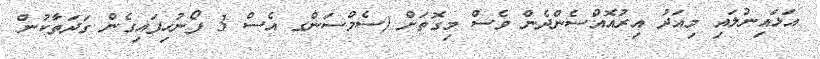
އަޅައިނުލައި މިއަދު އިރުއޮއްސެންދެން ވެސް މިގޮތަށް (ސެމްސަންގ އެސް 3 ފޯނުހިފައިގެން ގަދަތާކުން